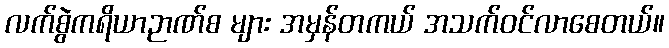
လက်စွဲကရိယာဉာဏ်စ များ အမှန်တကယ် အသက်ဝင်လာစေတယ်။